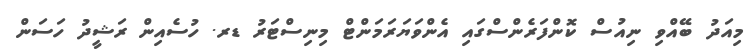
މިއަދު ބޭއްވި ނިއުސް ކޮންފަރެންސްގައި އެންވަޔަރަމަންޓް މިނިސްޓަރު ޑރ. ހުސެއިން ރަޝީދު ހަސަން